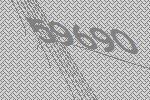
59690